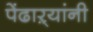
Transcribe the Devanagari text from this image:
पेंढाऱ्यांनी